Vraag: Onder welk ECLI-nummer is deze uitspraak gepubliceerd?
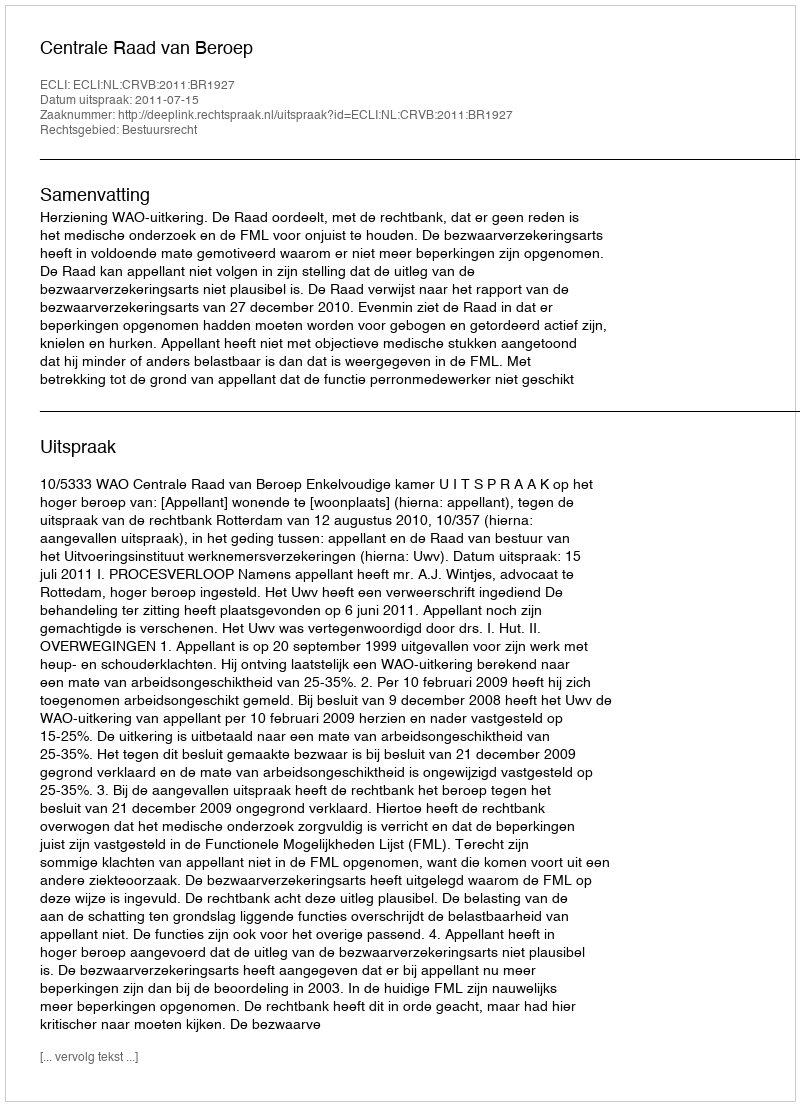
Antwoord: ECLI:NL:CRVB:2011:BR1927